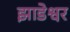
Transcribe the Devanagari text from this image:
झाडेश्वर